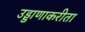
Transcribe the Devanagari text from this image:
उड्डाणाकरीता